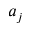
a _ { j }